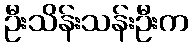
ဦးသိန်းသန်းဦးက